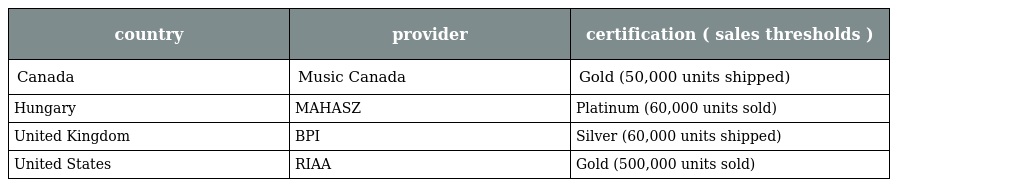
| country | provider | certification ( sales thresholds ) |
 | --- | --- | --- |
 | Canada | Music Canada | Gold (50,000 units shipped) |
 | Hungary | MAHASZ | Platinum (60,000 units sold) |
 | United Kingdom | BPI | Silver (60,000 units shipped) |
 | United States | RIAA | Gold (500,000 units sold) |